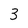
Character: 3